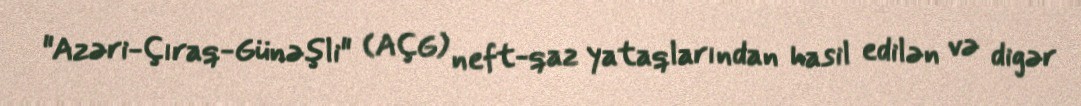
"Azəri-Çıraq-Günəşli" (AÇG) neft-qaz yataqlarından hasil edilən və digər